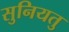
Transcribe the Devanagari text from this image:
सुनियतु